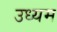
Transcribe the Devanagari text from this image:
उध्यम